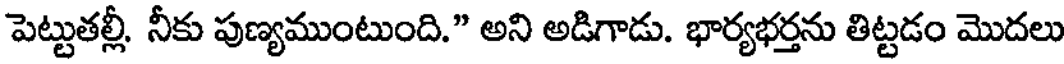
పెట్టుతల్లీ. నీకు పుణ్యముంటుంది." అని అడిగాడు. భార్యభర్తను తిట్టడం మొదలు